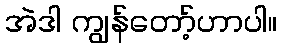
အဲဒါ ကျွန်တော့်ဟာပါ။